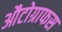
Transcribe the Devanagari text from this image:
औटोग्राफस